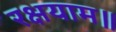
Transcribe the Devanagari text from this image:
रक्षयाम॥